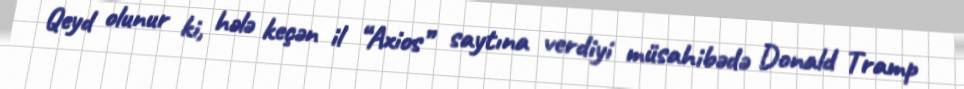
Qeyd olunur ki, hələ keçən il “Axios” saytına verdiyi müsahibədə Donald Tramp